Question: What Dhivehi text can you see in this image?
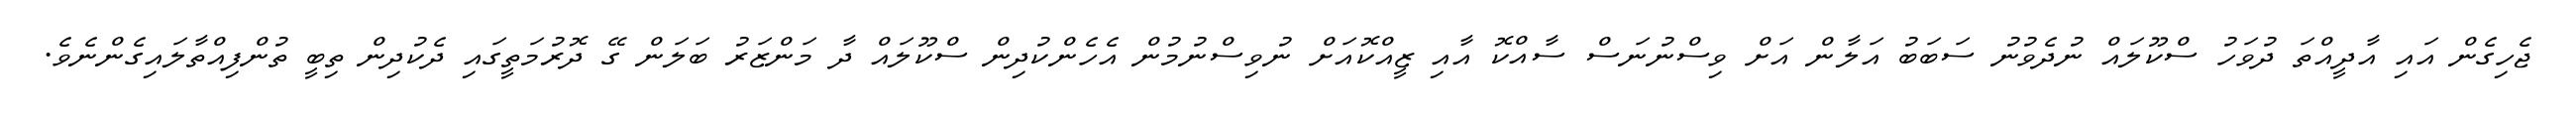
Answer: ޖެހިގެން އައި އާދީއްތަ ދުވަހު ސްކޫލައް ނުދެވުނު ސަބަބު އަލާން އަށް ވިސްނުނަސް ސާއްކޮ އާއި ޒީއްކޮއަށް ނުވިސްނުމުން އެހެންކުދިން ސްކޫލައް ދާ މަންޒަރު ބަލަން ގޭ ދޮރުމަތީގައި ދެކުދިން ތިބީ ތުންފިއްތާލައިގެންނެވެ.